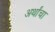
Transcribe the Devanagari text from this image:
अर्थांचा